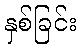
နှစ်ခြင်း